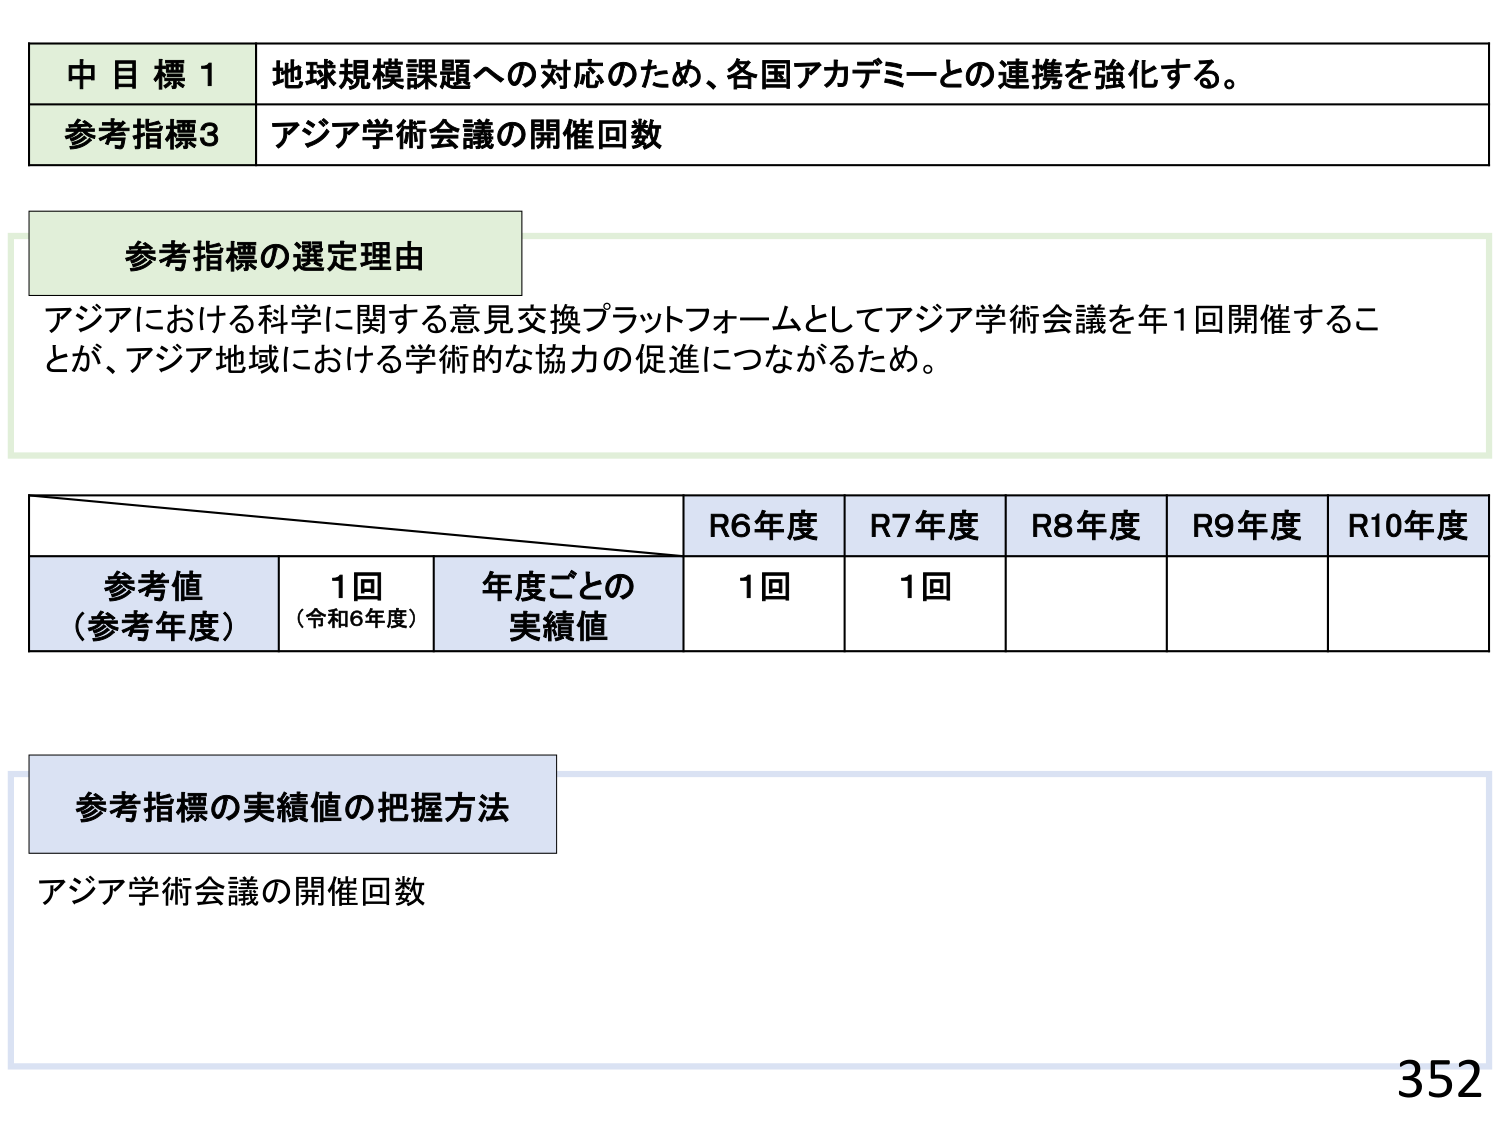
中目標1 地球規模課題への対応のため、各国アカデミーとの連携を強化する。
参考指標3 アジア学術会議の開催回数

参考指標の選定理由
アジアにおける科学に関する意見交換プラットフォームとしてアジア学術会議を年1回開催することが、アジア地域における学術的な協力の促進につながるため。

R6年度 R7年度 R8年度 R9年度 R10年度
参考値（参考年度） 1回（令和6年度） 年度ごとの実績値 1回 1回

参考指標の実績値の把握方法
アジア学術会議の開催回数

352